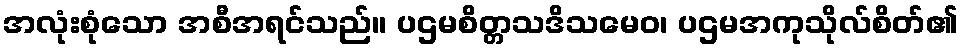
အလုံးစုံသော အစီအရင်သည်။ ပဌမစိတ္တသဒိသမေဝ၊ ပဌမအကုသိုလ်စိတ်၏